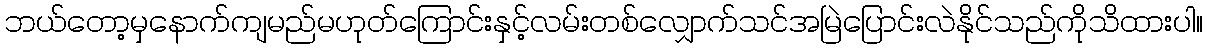
ဘယ်တော့မှနောက်ကျမည်မဟုတ်ကြောင်းနှင့်လမ်းတစ်လျှောက်သင်အမြဲပြောင်းလဲနိုင်သည်ကိုသိထားပါ။